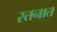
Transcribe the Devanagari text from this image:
स्तनात